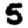
Digit: 5